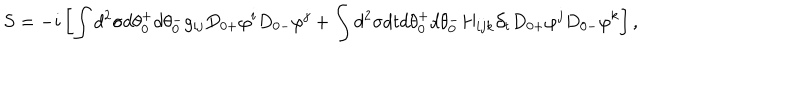
S = - i \left[ \int d ^ { 2 } \sigma d \theta _ { 0 } ^ { + } d \theta _ { 0 } ^ { - } g _ { i j } D _ { 0 + } \varphi ^ { i } D _ { 0 - } \varphi ^ { j } + \int d ^ { 2 } \sigma d t d \theta _ { 0 } ^ { + } d \theta _ { 0 } ^ { - } H _ { i j k } \partial _ { t } D _ { 0 + } \varphi ^ { j } D _ { 0 - } \varphi ^ { k } \right] ,